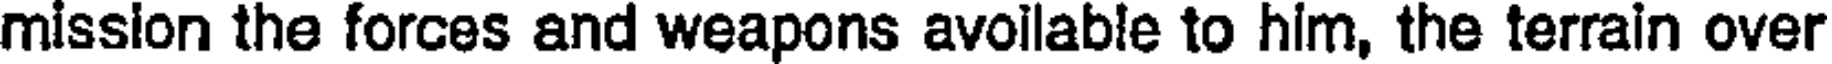
mission the forces and weapons avoilable to him, the terrain over